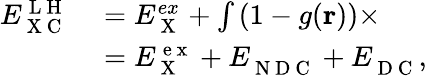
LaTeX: \begin{array}{rl}{E_{\mathrm{~X~C~}}^{\mathrm{~L~H~}}}&{{}=E_{\mathrm{~X~}}^{ex}+\int\left(1-g(\mathbf{r})\right)\times}\\ {\phantom{\sum}}&{{}=E_{\mathrm{~X~}}^{\mathrm{~e~x~}}+E_{\mathrm{~N~D~C~}}^{}+E_{\mathrm{~D~C~}}^{},}\end{array}